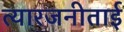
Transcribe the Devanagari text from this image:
त्यारजनीताई